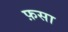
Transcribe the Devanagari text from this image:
फ़सा